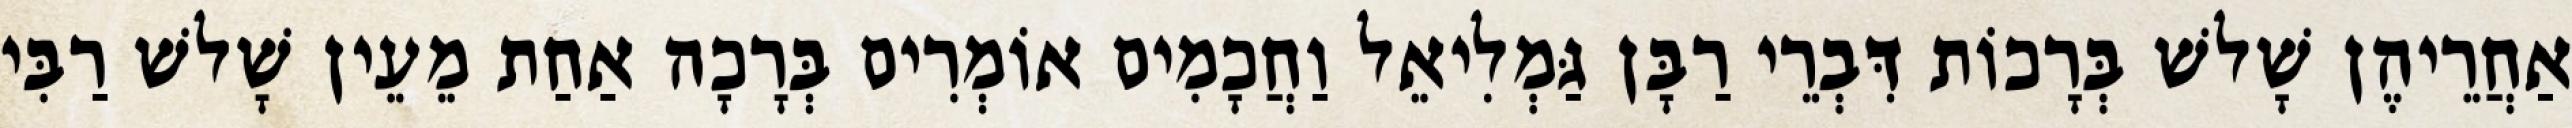
אַחֲרֵיהֶן שָׁלשׁ בְּרָכוֹת דִּבְרֵי רַבָּן גַּמְלִיאֵל וַחֲכָמִים אוֹמְרִים בְּרָכָה אַחַת מֵעֵין שָׁלשׁ רַבִּי